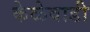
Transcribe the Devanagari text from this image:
केळेवाडी